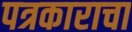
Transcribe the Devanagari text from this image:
पत्रकाराचा